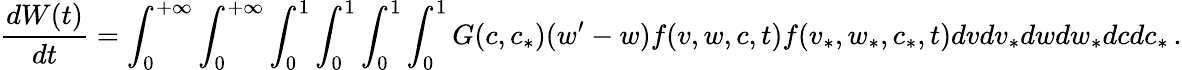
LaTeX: \frac{dW(t)}{dt}=\int_{0}^{+\infty}\int_{0}^{+\infty}\int_{0}^{1}\int_{0}^{1}\int_{0}^{1}\int_{0}^{1}G(c,c_{*})(w^{\prime}-w)f(v,w,c,t)f(v_{*},w_{*},c_{*},t)dvdv_{*}dwdw_{*}dcdc_{*}\, .